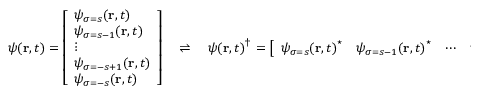
\psi ( \mathbf { r } , t ) = { \left[ \begin{array} { l } { \psi _ { \sigma = s } ( \mathbf { r } , t ) } \\ { \psi _ { \sigma = s - 1 } ( \mathbf { r } , t ) } \\ { \vdots } \\ { \psi _ { \sigma = - s + 1 } ( \mathbf { r } , t ) } \\ { \psi _ { \sigma = - s } ( \mathbf { r } , t ) } \end{array} \right] } \quad \rightleftharpoons \quad { \psi ( \mathbf { r } , t ) } ^ { \dagger } = { \left[ \begin{array} { l l l l l } { { \psi _ { \sigma = s } ( \mathbf { r } , t ) } ^ { \star } } & { { \psi _ { \sigma = s - 1 } ( \mathbf { r } , t ) } ^ { \star } } & { \cdots } & { { \psi _ { \sigma = - s + 1 } ( \mathbf { r } , t ) } ^ { \star } } & { { \psi _ { \sigma = - s } ( \mathbf { r } , t ) } ^ { \star } } \end{array} \right] }